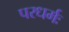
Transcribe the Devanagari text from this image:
परधर्मः